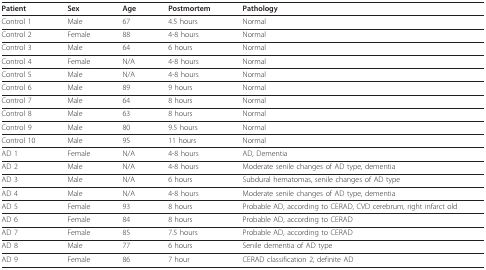
<table><thead><tr><td><b>Patient</b></td><td><b>Sex</b></td><td><b>Age</b></td><td><b>Postmortem</b></td><td><b>Pathology</b></td></tr></thead><tbody><tr><td>Control 1</td><td>Male</td><td>67</td><td>4.5 hours</td><td>Normal</td></tr><tr><td>Control 2</td><td>Female</td><td>88</td><td>4-8 hours</td><td>Normal</td></tr><tr><td>Control 3</td><td>Male</td><td>64</td><td>6 hours</td><td>Normal</td></tr><tr><td>Control 4</td><td>Female</td><td>N/A</td><td>4-8 hours</td><td>Normal</td></tr><tr><td>Control 5</td><td>Male</td><td>N/A</td><td>4-8 hours</td><td>Normal</td></tr><tr><td>Control 6</td><td>Male</td><td>89</td><td>9 hours</td><td>Normal</td></tr><tr><td>Control 7</td><td>Male</td><td>64</td><td>8 hours</td><td>Normal</td></tr><tr><td>Control 8</td><td>Male</td><td>63</td><td>8 hours</td><td>Normal</td></tr><tr><td>Control 9</td><td>Male</td><td>80</td><td>9.5 hours</td><td>Normal</td></tr><tr><td>Control 10</td><td>Male</td><td>95</td><td>11 hours</td><td>Normal</td></tr><tr><td>AD 1</td><td>Female</td><td>N/A</td><td>4-8 hours</td><td>AD, Dementia</td></tr><tr><td>AD 2</td><td>Male</td><td>N/A</td><td>4-8 hours</td><td>Moderate senile changes of AD type, dementia</td></tr><tr><td>AD 3</td><td>Male</td><td>N/A</td><td>6 hours</td><td>Subdural hematomas, senile changes of AD type</td></tr><tr><td>AD 4</td><td>Male</td><td>N/A</td><td>4-8 hours</td><td>Moderate senile changes of AD type, dementia</td></tr><tr><td>AD 5</td><td>Female</td><td>93</td><td>8 hours</td><td>Probable AD, according to CERAD, CVD cerebrum, right infarct old</td></tr><tr><td>AD 6</td><td>Female</td><td>84</td><td>8 hours</td><td>Probable AD, according to CERAD</td></tr><tr><td>AD 7</td><td>Female</td><td>85</td><td>7.5 hours</td><td>Probable AD, according to CERAD</td></tr><tr><td>AD 8</td><td>Male</td><td>77</td><td>6 hours</td><td>Senile dementia of AD type</td></tr><tr><td>AD 9</td><td>Female</td><td>86</td><td>7 hour</td><td>CERAD classification 2, definite AD</td></tr></tbody></table>